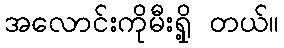
အလောင်းကိုမီးရှို့ တယ်။